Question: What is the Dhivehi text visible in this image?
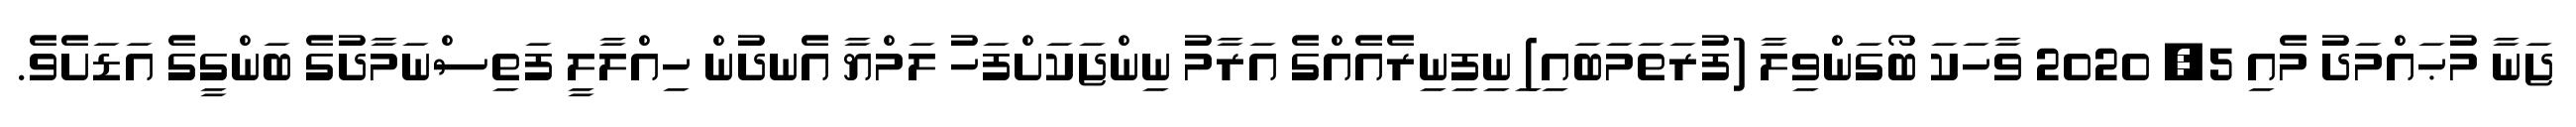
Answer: ޖަނާ މުޙައްމަދު މެއި 5, 2020 ވާހަކަ ބޯގަންވިލާ (ފުރަތަމަބައި) ިނިފިނިރެއެއްގެ އަރާމު ނިންޖަކަށްފަހު ލަމްޔާ އެނދުން ހިއްލާލީ ފަތިސްނަމާދުގެ ބަންގީގެ އަޑަށެވެ.